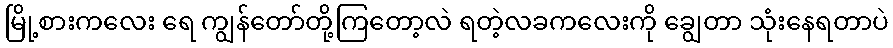
မြို့စားကလေး ရေ ကျွန်တော်တို့ကြတော့လဲ ရတဲ့လခကလေးကို ချွေတာ သုံးနေရတာပဲ